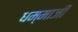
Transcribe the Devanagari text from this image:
धम्माजी